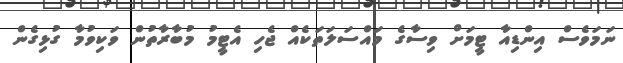
ނަމަވެސް އިންޑިއާ ޓީމަށް ވިސާގެ މައްސަލަތަކެއް ޖެހި އެޓީމު މުބާރާތުން ވަކިވުމާ ގުޅިގެން